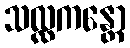
သလ္လကန္တော